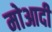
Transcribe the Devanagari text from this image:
मोआदी